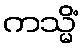
ကသ္မိံ